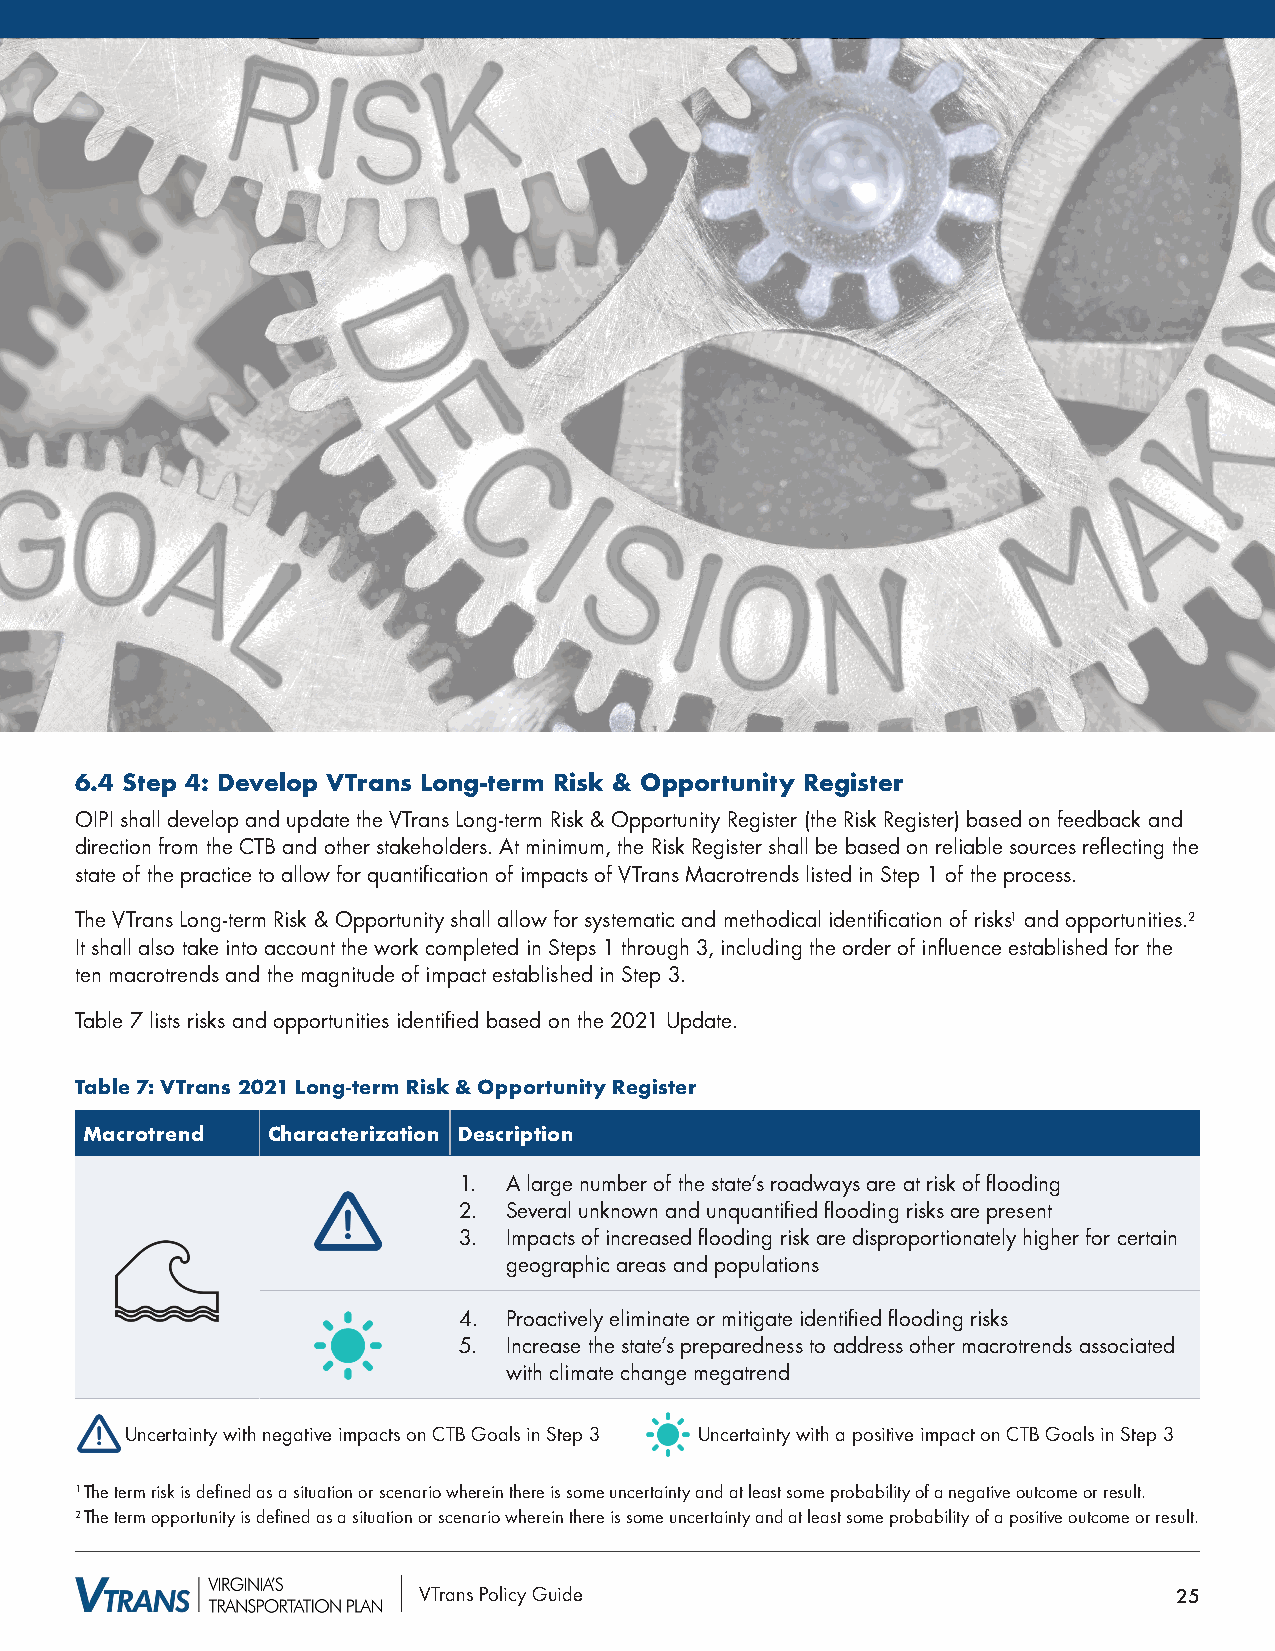
6.4 Step 4: Develop VTrans Long-term Risk & Opportunity Register
 OIPI shall develop and update the VTrans Long-term Risk & Opportunity Register (the Risk Register) based on feedback and
 direction from the CTB and other stakeholders. At minimum, the Risk Register shall be based on reliable sources reflecting the
 state of the practice to allow for quantification of impacts of VTrans Macrotrends listed in Step 1 of the process.
 The VTrans Long-term Risk & Opportunity shall allow for systematic and methodical identification of risks1 and opportunities.2
 It shall also take into account the work completed in Steps 1 through 3, including the order of influence established for the
 ten macrotrends and the magnitude of impact established in Step 3.
 Table 7 lists risks and opportunities identified based on the 2021 Update.
 Table 7: VTrans 2021 Long-term Risk & Opportunity Register
 Macrotrend  Characterization Description
 1.  A large number of the state’s roadways are at risk of flooding
 2.  Several unknown and unquantified flooding risks are present
 3.  Impacts of increased flooding risk are disproportionately higher for certain
 geographic areas and populations
 4.  Proactively eliminate or mitigate identified flooding risks
 5.  Increase the state’s preparedness to address other macrotrends associated
 with climate change megatrend
 Uncertainty with negative impacts on CTB Goals in Step 3 Uncertainty with a positive impact on CTB Goals in Step 3
 1 The term risk is defined as a situation or scenario wherein there is some uncertainty and at least some probability of a negative outcome or result.
 2 The term opportunity is defined as a situation or scenario wherein there is some uncertainty and at least some probability of a positive outcome or result.
 VTrans Policy Guide                               25